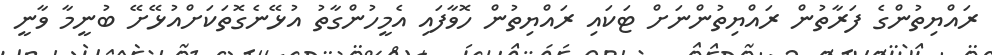
ރައްޔިތުންގެ ފަރާތުން ރައްޔިތުންނަށް ޓަކައި ރައްޔިތުން ހޮވާފައި އެމީހުންގާތު އުޅޭނެގޮތަކަށްއުޅޭށޭ ބުނީމާ ވާނީ